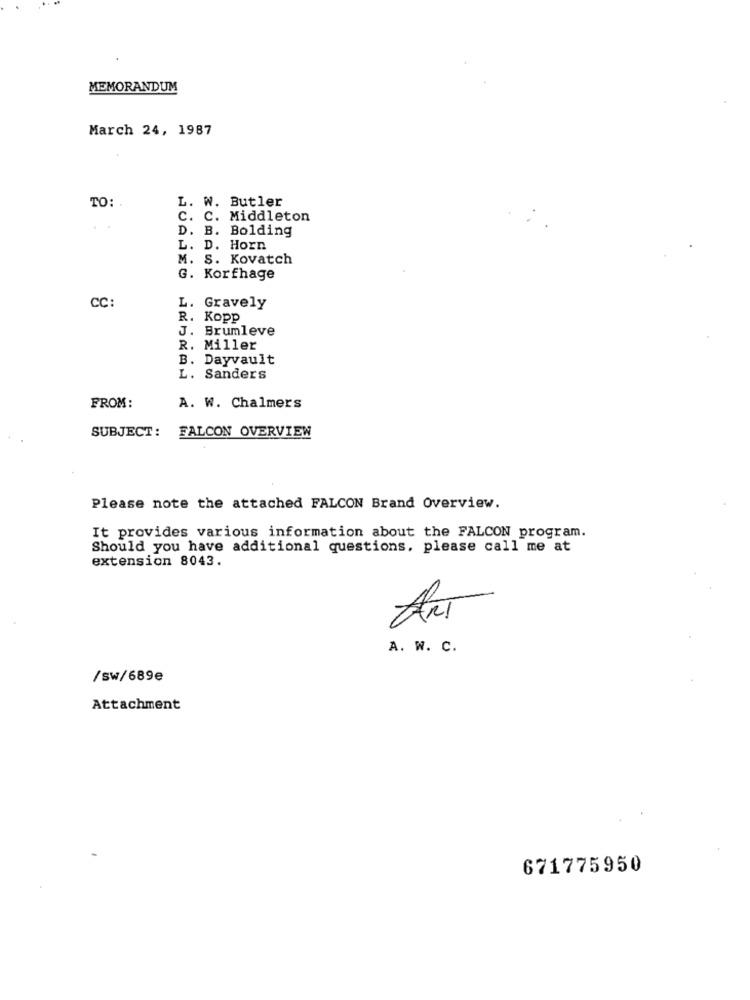
MEMORANDUM
March 24, 1987
L. W. Butler
TO:
C. C. Middleton
D. B. Bolding
L. D. Horn
M. S. Kovatch
G. Korfhage
CC:
L. Gravely
R. Kopp
J. Brumleve
R. Miller
B. Dayvault
L. Sanders
FROM:
A. W. Chalmers
SUBJECT:
FALCON OVERVIEW
Please note the attached FALCON Brand Overview.
It provides various information about the FALCON program.
Should you have additional questions, please call me at
extension 8043.
Ani
A. W. C.
/sw/689e
Attachment
671775950